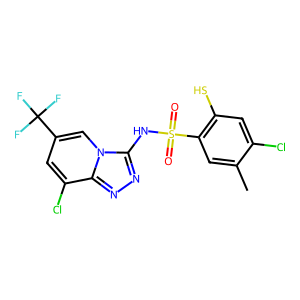
SMILES: Cc1cc(S(=O)(=O)Nc2nnc3c(Cl)cc(C(F)(F)F)cn23)c(S)cc1Cl
Inhibits HIV replication: Yes